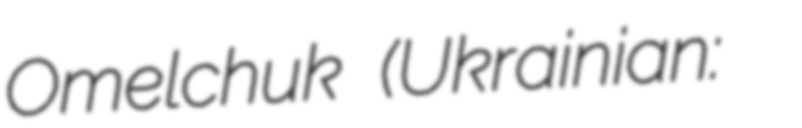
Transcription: Omelchuk (Ukrainian: Олег Петрович